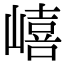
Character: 𡼎